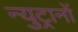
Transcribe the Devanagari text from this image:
न्युट्रानों